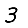
Digit: 3